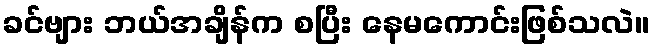
ခင်ဗျား ဘယ်အချိန်က စပြီး နေမကောင်းဖြစ်သလဲ။